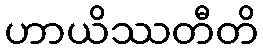
ဟာယိဿတီတိ